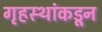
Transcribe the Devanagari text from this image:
गृहस्थांकडून